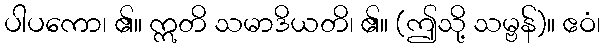
ပါပကော၊ ၏။ ဣတိ သမာဒိယတိ၊ ၏။ (ဤသို့ သမ္ဗန်)။ ဧဝံ၊